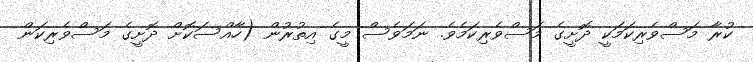
ކުރާ މަސްވެރިކަމަކީ ދޮށީގެ މަސްވެރިކަމެވެ. ނަމަވެސް މީގެ އިތުރުން (ހާއްސަކޮށް ދޮށީގެ މަސްވެރިކަން